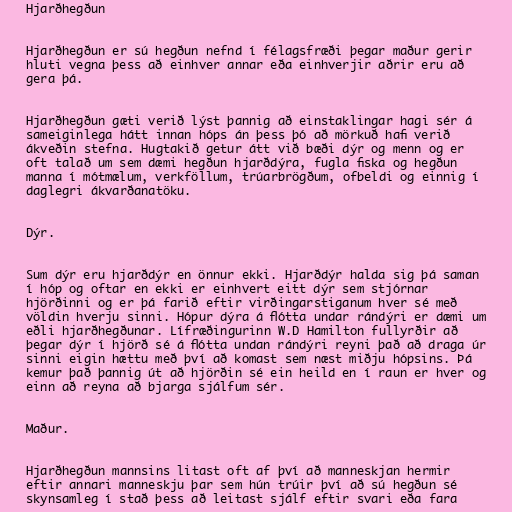
Hjarðhegðun

Hjarðhegðun er sú hegðun nefnd í félagsfræði þegar maður gerir
hluti vegna þess að einhver annar eða einhverjir aðrir eru að
gera þá.

Hjarðhegðun gæti verið lýst þannig að einstaklingar hagi sér á
sameiginlega hátt innan hóps án þess þó að mörkuð hafi verið
ákveðin stefna. Hugtakið getur átt við bæði dýr og menn og er
oft talað um sem dæmi hegðun hjarðdýra, fugla fiska og hegðun
manna í mótmælum, verkföllum, trúarbrögðum, ofbeldi og einnig í
daglegri ákvarðanatöku.

Dýr.

Sum dýr eru hjarðdýr en önnur ekki. Hjarðdýr halda sig þá saman
í hóp og oftar en ekki er einhvert eitt dýr sem stjórnar
hjörðinni og er þá farið eftir virðingarstiganum hver sé með
völdin hverju sinni. Hópur dýra á flótta undar rándýri er dæmi um
eðli hjarðhegðunar. Lífræðingurinn W.D Hamilton fullyrðir að
þegar dýr í hjörð sé á flótta undan rándýri reyni það að draga úr
sinni eigin hættu með því að komast sem næst miðju hópsins. Þá
kemur það þannig út að hjörðin sé ein heild en í raun er hver og
einn að reyna að bjarga sjálfum sér.

Maður.

Hjarðhegðun mannsins litast oft af því að manneskjan hermir
eftir annari manneskju þar sem hún trúir því að sú hegðun sé
skynsamleg í stað þess að leitast sjálf eftir svari eða fara